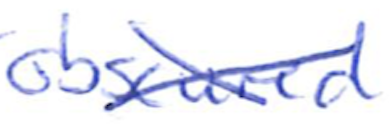
Text: obscured
Cross-out: cross
Writing tool: ballpoint